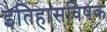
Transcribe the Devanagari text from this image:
इतिहासविषक